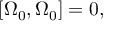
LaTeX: \left[ \Omega _ { 0 } , \Omega _ { 0 } \right] = 0 ,